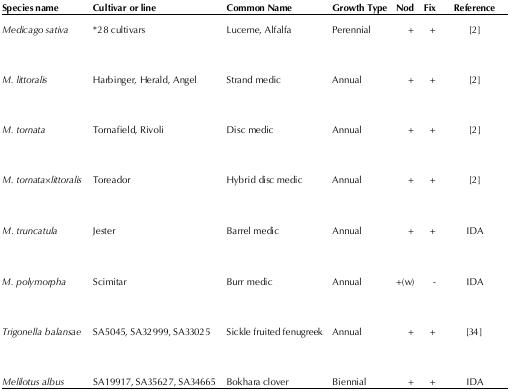
<table><thead><tr><td><b>Species Name</b></td><td><b>Cultivar or line</b></td><td><b>Common Name</b></td><td><b>Growth Type</b></td><td><b>Nod</b></td><td><b>Fix</b></td><td><b>Reference</b></td></tr></thead><tbody><tr><td><i>Medicago sativa</i></td><td>*28 cultivars</td><td>Lucerne, Alfalfa</td><td>Perennial</td><td>+</td><td>+</td><td>[2]</td></tr><tr><td><i>M. littoralis</i></td><td>Harbinger, Herald, Angel</td><td>Strand medic</td><td>Annual</td><td>+</td><td>+</td><td>[2]</td></tr><tr><td><i>M. tornata</i></td><td>Tornafield, Rivoli</td><td>Disc medic</td><td>Annual</td><td>+</td><td>+</td><td>[2]</td></tr><tr><td><i>M. tornata×littoralis</i></td><td>Toreador</td><td>Hybrid disc medic</td><td>Annual</td><td>+</td><td>+</td><td>[2]</td></tr><tr><td><i>M. truncatula</i></td><td>Jester</td><td>Barrel medic</td><td>Annual</td><td>+</td><td>+</td><td>IDA</td></tr><tr><td><i>M. polymorpha</i></td><td>Scimitar</td><td>Burr medic</td><td>Annual</td><td>+(w)</td><td>-</td><td>IDA</td></tr><tr><td><i>Trigonella balansae</i></td><td>SA5045, SA32999, SA33025</td><td>Sickle fruited fenugreek</td><td>Annual</td><td>+</td><td>+</td><td>[34]</td></tr><tr><td><i>Melilotus albus</i></td><td>SA19917, SA35627, SA34665</td><td>Bokhara clover</td><td>Biennial</td><td>+</td><td>+</td><td>IDA</td></tr></tbody></table>